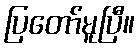
ပြတော်မူပြီ။